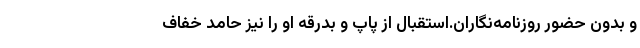
و بدون حضور روزنامه‌نگاران.استقبال از پاپ و بدرقه او را نیز حامد خفاف